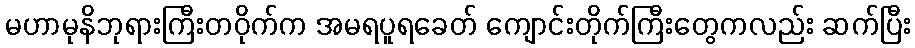
မဟာမုနိဘုရားကြီးတဝိုက်က အမရပူရခေတ် ကျောင်းတိုက်ကြီးတွေကလည်း ဆက်ပြီး